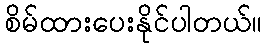
စိမ်ထားပေးနိုင်ပါတယ်။